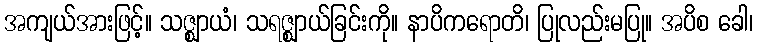
အကျယ်အားဖြင့်။ သဇ္ဈာယံ၊ သရဇ္ဈာယ်ခြင်းကို။ နာပိကရောတိ၊ ပြုလည်းမပြု။ အပိစ ခေါ၊